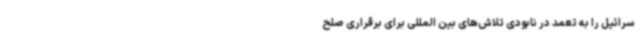
سرائیل را به تعمد در نابودی تلاش‌های بین المللی برای برقراری صلح